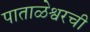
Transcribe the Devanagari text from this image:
पाताळेश्वरची